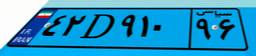
۴۲D۹۱۰۹۶